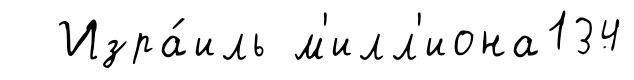
Изра́иль м'илл'иона134